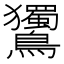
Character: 𪈌